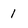
Character: 1